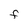
Character: F